Indian journal of veterinary science and animal husbandry - Volume 10,
Year: 1940
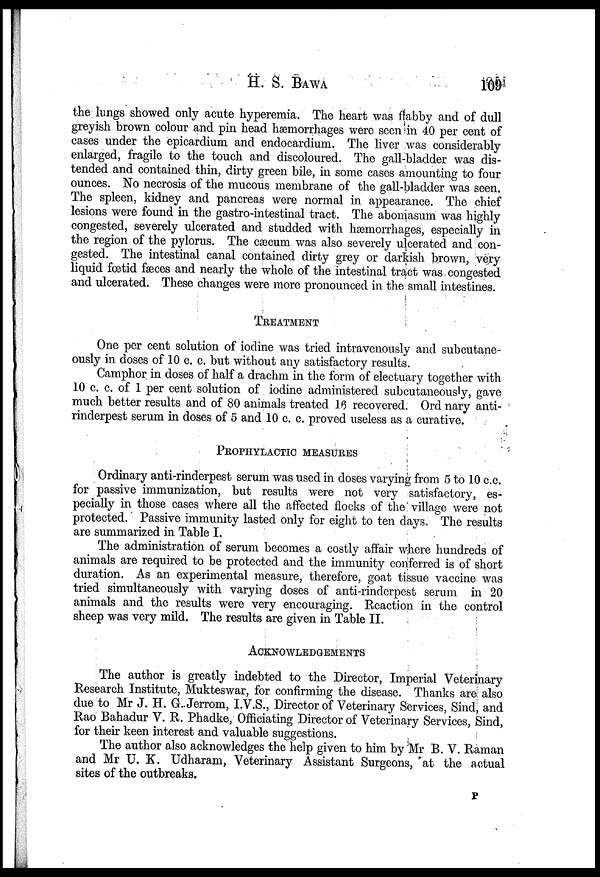
H. S.
BAWA
109
the lungs showed only acute hyperemia. The heart was flabby and of dull
greyish brown colour and pin head hæmorrhages were seen in 40 per cent of
cases under the epicardium and endocardium. The liver was considerably
enlarged, fragile to the touch and discoloured. The gall-bladder was dis-
tended and contained thin, dirty green bile, in some cases amounting to four
ounces. No necrosis of the mucous membrane of the gall-bladder was seen.
The spleen, kidney and pancreas were normal in appearance. The chief
lesions were found in the gastro-intestinal tract. The abomasum was highly
congested, severely ulcerated and studded with hæmorrhages, especially in
the region of the pylorus. The cæcum was also severely ulcerated and con-
gested. The intestinal canal contained dirty grey or darkish brown, very
liquid fœtid fæces and nearly the whole of the intestinal tract was congested
and ulcerated. These changes were more pronounced in the small intestines.
TREATMENT
One per cent solution of iodine was tried intravenously and subcutane-
ously in doses of 10 c. c. but without any satisfactory results.
Camphor in doses of half a drachm in the form of electuary together with
10 c. c. of 1 per cent solution of iodine administered subcutaneously, gave
much better results and of 80 animals treated 16 recovered. Ord nary anti-
rinderpest serum in doses of 5 and 10 c. c. proved useless as a curative.
PROPHYLACTIC MEASURES
Ordinary anti-rinderpest serum was used in doses varying from 5 to 10 c.c.
for passive immunization, but results were not very satisfactory, es-
pecially in those cases where all the affected flocks of the village were not
protected. Passive immunity lasted only for eight to ten days. The results
are summarized in Table I.
The administration of serum becomes a costly affair where hundreds of
animals are required to be protected and the immunity conferred is of short
duration. As an experimental measure, therefore, goat tissue vaccine was
tried simultaneously with varying doses of anti-rinderpest serum in 20
animals and the results were very encouraging. Reaction in the control
sheep was very mild. The results are given in Table II.
ACKNOWLEDGEMENTS
The author is greatly indebted to the Director, Imperial Veterinary
Research Institute, Mukteswar, for confirming the disease. Thanks are also
due to Mr J. H. G..Jerrom, I.V.S., Director of Veterinary Services, Sind, and
Rao Bahadur V. R. Phadke, Officiating Director of Veterinary Services, Sind,
for their keen interest and valuable suggestions.
The author also acknowledges the help given to him by Mr B. V. Raman
and Mr U. K. Udharam, Veterinary Assistant Surgeons, at the actual
sites of the outbreaks.
P